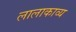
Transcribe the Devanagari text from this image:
लालाकाव्य